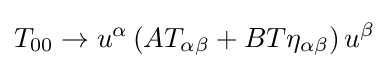
T_{00}\rightarrow u^{\alpha }\left(AT_{\alpha \beta }+BT\eta _{\alpha \beta }\right)u^{\beta }